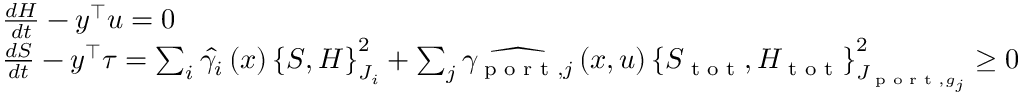
\begin{array} { r l } & { \frac { d H } { d t } - y ^ { \top } u = 0 } \\ & { \frac { d S } { d t } - y ^ { \top } \tau = \sum _ { i } \hat { \gamma _ { i } } \left( x \right) \left\{ S , H \right\} _ { J _ { i } } ^ { 2 } + \sum _ { j } \widehat { \gamma _ { \textrm { p o r t } , j } } \left( x , u \right) \left\{ S _ { \textrm { t o t } } , H _ { \textrm { t o t } } \right\} _ { J _ { \textrm { p o r t } , g _ { j } } } ^ { 2 } \geq 0 } \end{array}